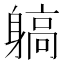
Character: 𨉲